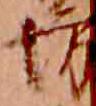
坊